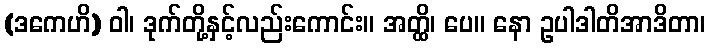
(ဒကေဟိ) ဝါ၊ ဒုက်တို့နှင့်လည်းကောင်း။ အတ္ထိ၊ ပေ။ နော ဥပါဒါတိအာဒိတာ၊